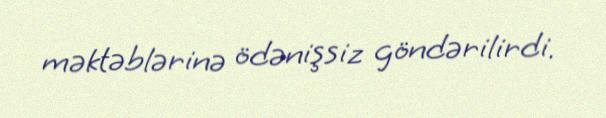
məktəblərinə ödənişsiz göndərilirdi.